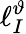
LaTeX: \ell_{I}^{\vartheta}